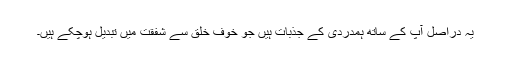
یہ دراصل آپ کے ساتھ ہمدردی کے جذبات ہیں جو خوف خلق سے شفقت میں تبدیل ہوچکے ہیں۔